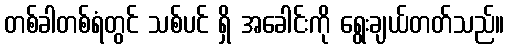
တစ်ခါတစ်ရံတွင် သစ်ပင် ရှိ အခေါင်းကို ရွေးချယ်တတ်သည်။